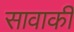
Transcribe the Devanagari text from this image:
सावाकी